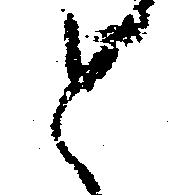
と